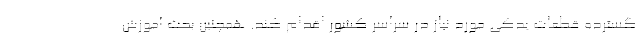
گسترده قطعات یدکی مورد نیاز در سراسر کشور اقدام کند. همچنین بحث آموزش